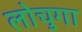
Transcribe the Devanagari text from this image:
लोचुगा